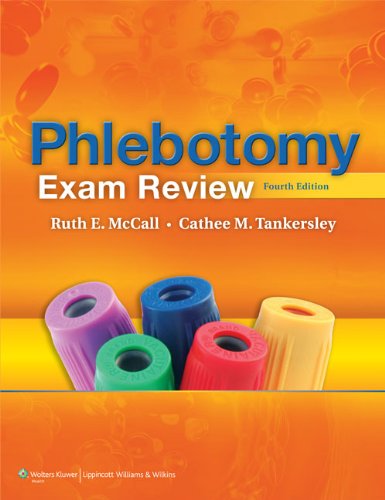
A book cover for Phlebotomy Exam Review; Ruth E. McCall BS  MT(ASCP); Medical Books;